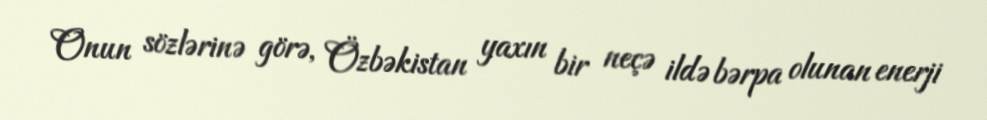
Onun sözlərinə görə, Özbəkistan yaxın bir neçə ildə bərpa olunan enerji